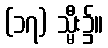
(၁၇) သ္မီး၌။